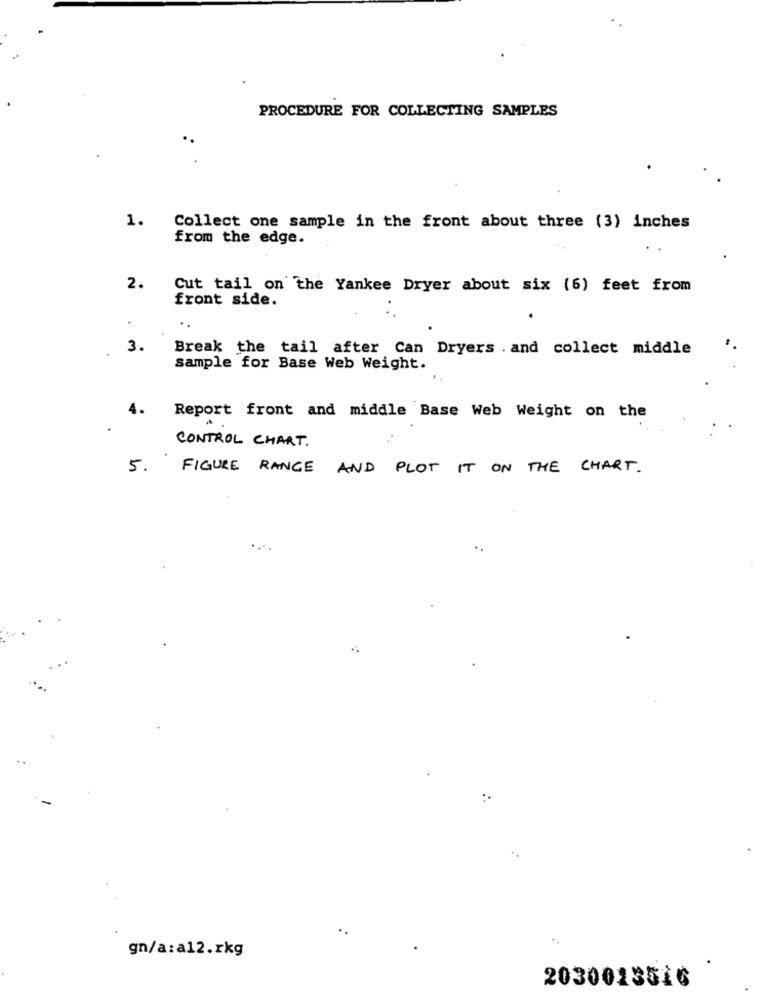
PROCEDURE FOR COLLECTING SAMPLES
1.
Collect one sample in the front about three (3) inches
from the edge.
2.
Cut tail on the Yankee Dryer about six (6) feet from
front side.
3.
Break the tail after Can Dryers . and collect middle
sample for Base Web Weight.
4.
Report front and middle Base Web Weight on the
CONTROL CHART.
5.
FIGURE RANGE AND PLOT IT ON THE CHART.
gn/a:a12.rkg
2030013516